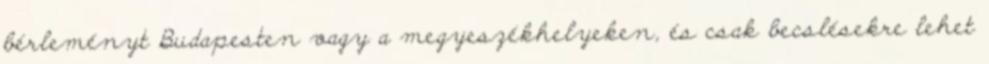
bérleményt Budapesten vagy a megyeszékhelyeken, és csak becslésekre lehet